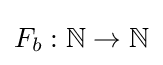
F_{b}:\mathbb {N} \rightarrow \mathbb {N}